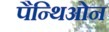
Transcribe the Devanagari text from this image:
पैन्थिओन